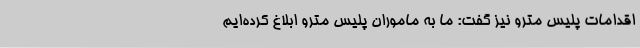
اقدامات پلیس مترو نیز گفت: ما به ماموران پلیس مترو ابلاغ کرده‌ایم